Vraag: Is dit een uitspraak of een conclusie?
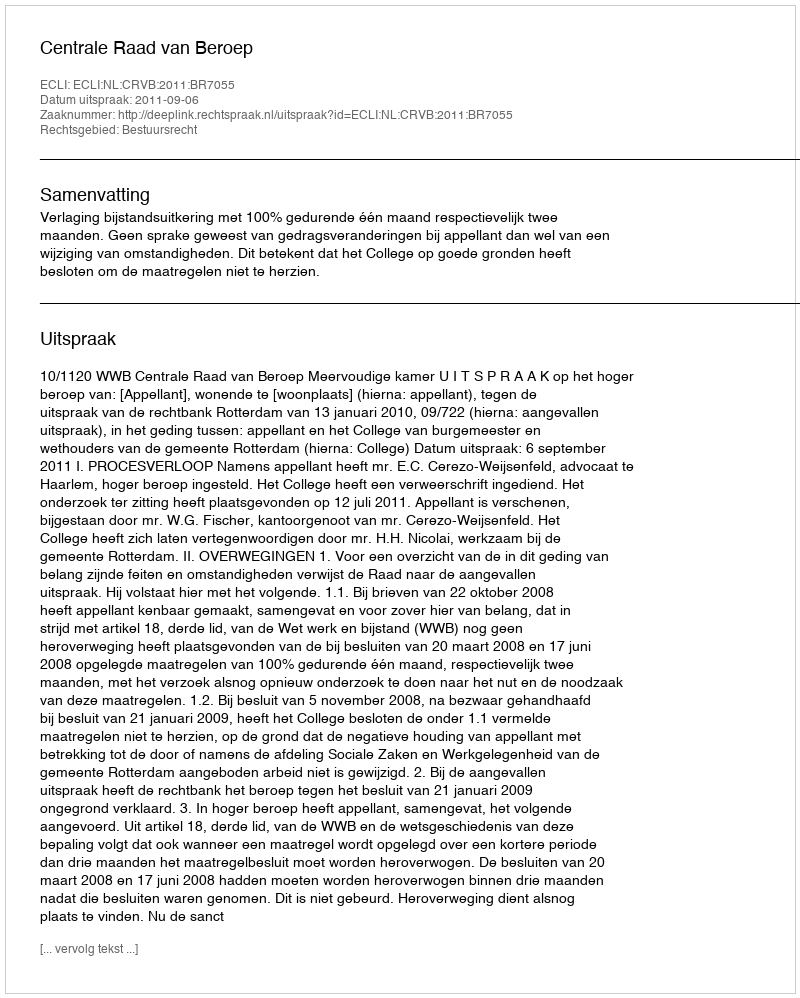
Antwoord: Uitspraak